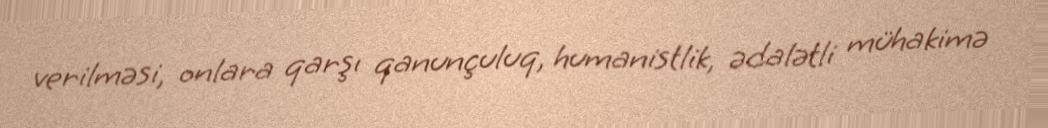
verilməsi, onlara qarşı qanunçuluq, humanistlik, ədalətli mühakimə